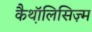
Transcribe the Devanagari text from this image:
कैथ़ॉलिसिज़्म